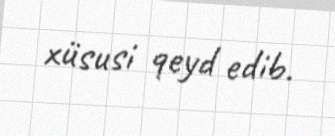
xüsusi qeyd edib.